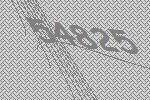
54825